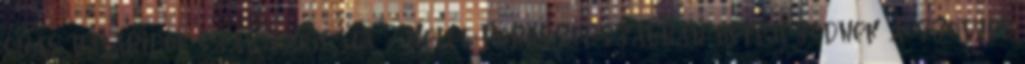
órás határidõt szab. 1945.05.08. - Kelet-Poroszországban befejezõdnek a szovjet